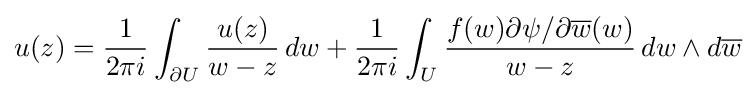
u(z)={\frac {1}{2\pi i}}\int _{\partial U}{\frac {u(z)}{w-z}}\,dw+{\frac {1}{2\pi i}}\int _{U}{\frac {f(w)\partial \psi /\partial {\overline {w}}(w)}{w-z}}\,dw\wedge d{\overline {w}}